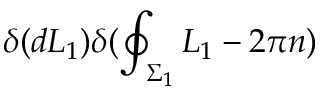
\delta ( d L _ { 1 } ) \delta ( \oint _ { \Sigma _ { 1 } } L _ { 1 } - 2 \pi n )